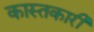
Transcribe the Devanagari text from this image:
कास्तकारी